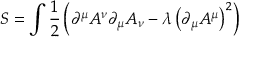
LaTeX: S = \int { \frac { 1 } { 2 } } \left( \partial ^ { \mu } A ^ { \nu } \partial _ { \mu } A _ { \nu } - \lambda \left( \partial _ { \mu } A ^ { \mu } \right) ^ { 2 } \right)